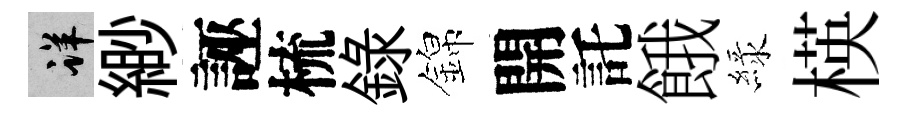
详緲誣梳録錦開託餓緑楧